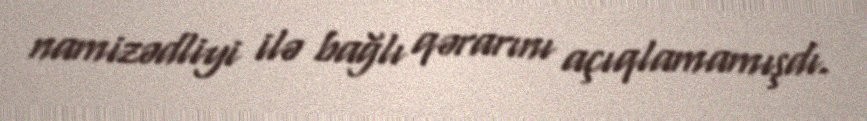
namizədliyi ilə bağlı qərarını açıqlamamışdı.